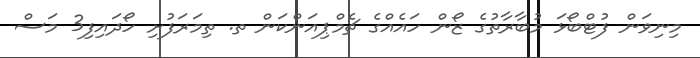
މިނިވަން ފުޓްބޯޅަ މުބާރާތުގެ ޒޯން ހައެއްގެ ޗެމްޕިއަންކަން ތ. ތިމަރަފުށި ހޯދައިފި3 މަސް